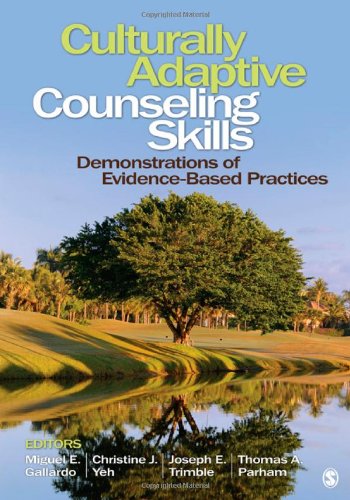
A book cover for Culturally Adaptive Counseling Skills: Demonstrations of Evidence-Based Practices; Medical Books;